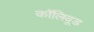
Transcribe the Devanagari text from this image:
कॉलिवूड